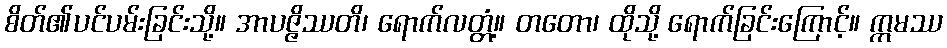
စိတ်၏ပင်ပမ်းခြင်းသို့။ အာပဇ္ဇိဿတိ၊ ရောက်လတ္တံ့။ တတော၊ ထိုသို့ ရောက်ခြင်းကြောင့်။ ဣမဿ